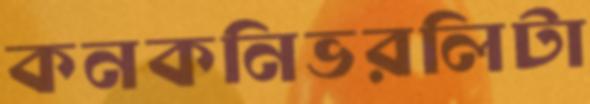
কনকনিভরলিটা